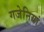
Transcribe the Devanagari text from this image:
गजेनियां